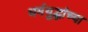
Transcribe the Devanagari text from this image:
धर्मयुद्धांच्या